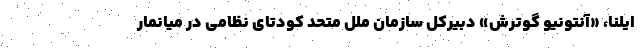
ایلنا، «آنتونیو گوترش» دبیرکل سازمان ملل متحد کودتای نظامی در میانمار